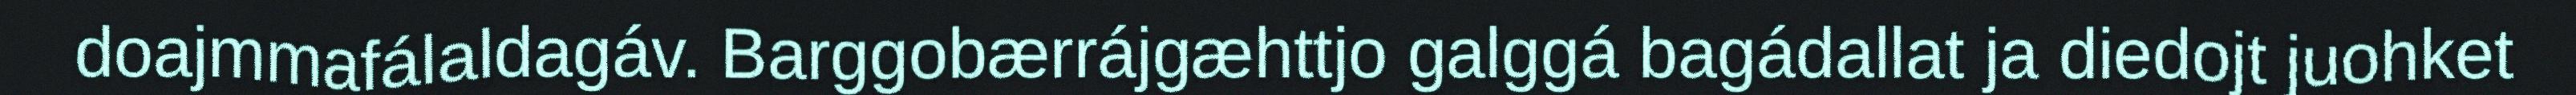
doajmmafálaldagáv. Barggobærrájgæhttjo galggá bagádallat ja diedojt juohket